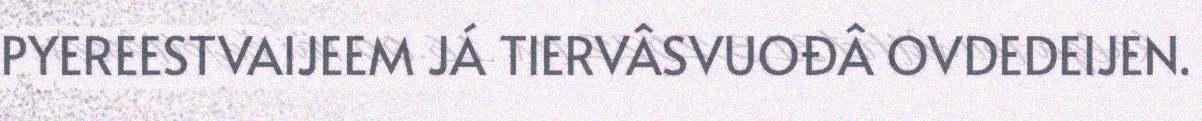
PYEREESTVAIJEEM JÁ TIERVÂSVUOĐÂ OVDEDEIJEN.